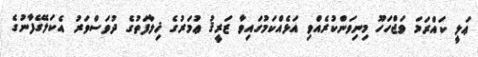
ޢަލީ ކައްރަމަ ވަޖްހަހޫ މިނިވަންކުރެއްވި އަޅެއްކަމުގައިވާ ޒަރީޤު ޢުމަރުގެ ޚިލާފަތުގެ ދުވަސްވަރު އެކަލޭގެފާނުގެ